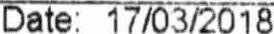
DATE: 17/03/2018